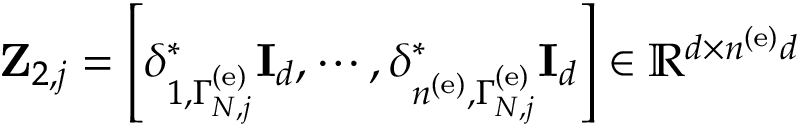
{ \bf Z } _ { 2 , j } = \left[ \delta _ { 1 , \Gamma _ { N , j } ^ { \left( \mathrm { e } \right) } } ^ { * } { \bf I } _ { d } , \cdots , \delta _ { n ^ { \left( \mathrm { e } \right) } , \Gamma _ { N , j } ^ { \left( \mathrm { e } \right) } } ^ { * } { \bf I } _ { d } \right] \in \mathbb { R } ^ { d \times n ^ { \left( \mathrm { e } \right) } d }